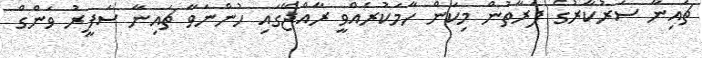
ޗައިނާ ސަރުކާރުގެ ފަރާތުން މިކަން ހާމަކުރެއްވީ ރާއްޖޭގައި ހުންނަވާ ޗައިނާ ސަފީރު ވަންގް